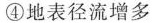
④地表径流增多